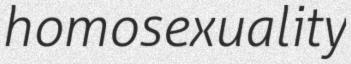
homosexuality